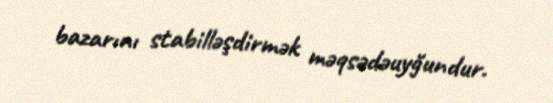
bazarını stabilləşdirmək məqsədəuyğundur.